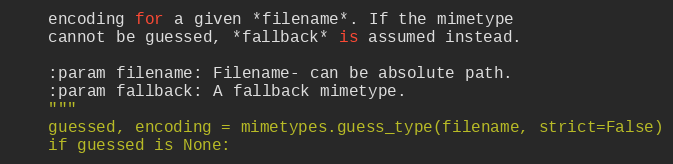
Language: Python
    encoding for a given *filename*. If the mimetype
    cannot be guessed, *fallback* is assumed instead.

    :param filename: Filename- can be absolute path.
    :param fallback: A fallback mimetype.
    """
    guessed, encoding = mimetypes.guess_type(filename, strict=False)
    if guessed is None: